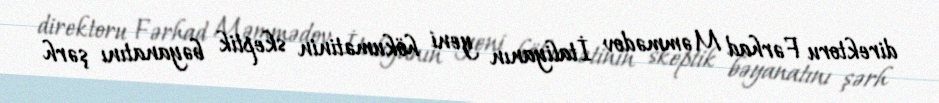
direktoru Fərhad Məmmədov İtaliyanın yeni hökumətinin skeptik bəyanatını şərh